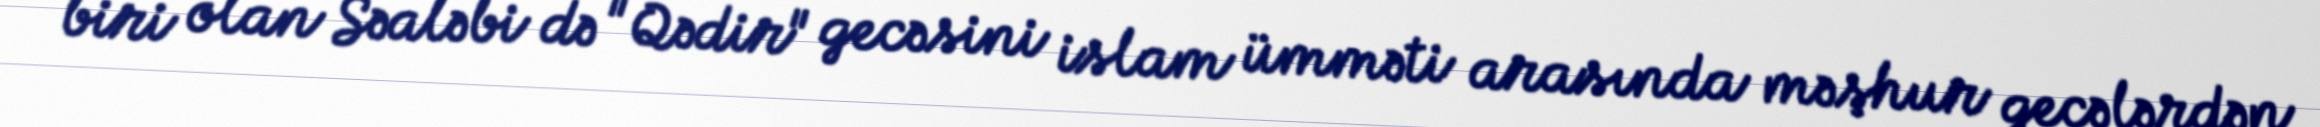
biri olan Səaləbi də "Qədir" gecəsini islam ümməti arasında məşhur gecələrdən